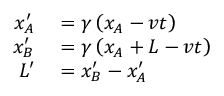
\begin{array} { r l } { x _ { A } ^ { \prime } } & { { } = \gamma \left( x _ { A } - v t \right) } \\ { x _ { B } ^ { \prime } } & { { } = \gamma \left( x _ { A } + L - v t \right) } \\ { L ^ { \prime } } & { { } = x _ { B } ^ { \prime } - x _ { A } ^ { \prime } } \end{array}